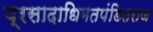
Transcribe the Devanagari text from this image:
प्रसादाधिगतपंडितराज